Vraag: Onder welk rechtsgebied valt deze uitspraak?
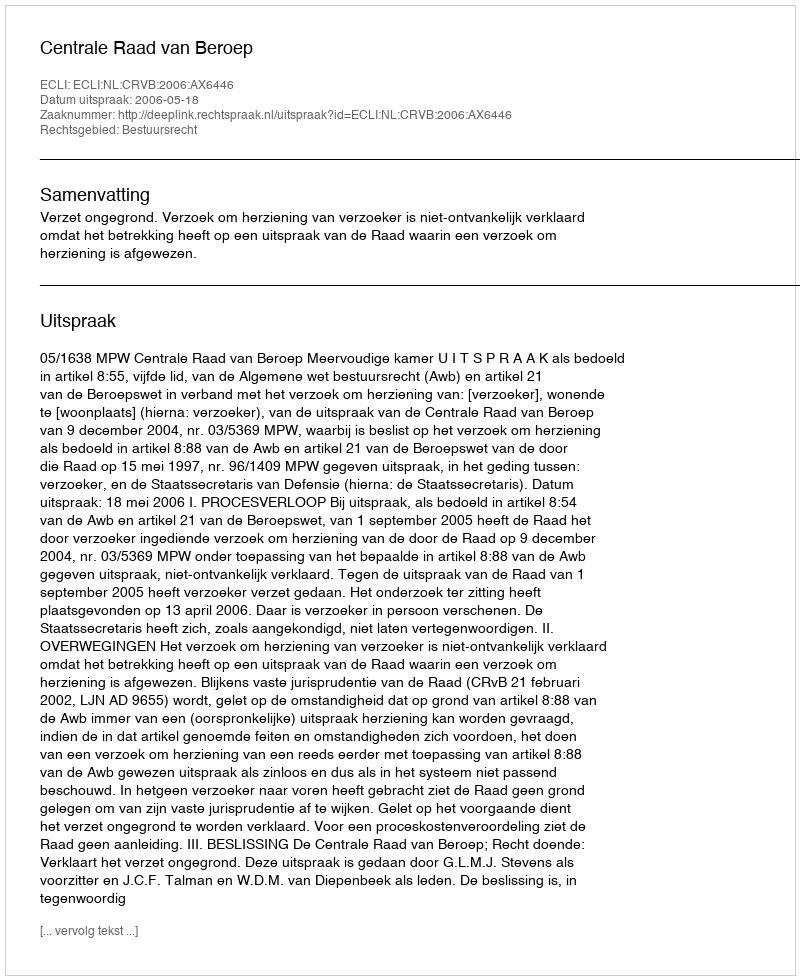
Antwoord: Bestuursrecht